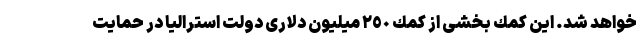
خواهد شد. اين كمك بخشى از كمك ٢٥٠ ميليون دلارى دولت استراليا در حمايت